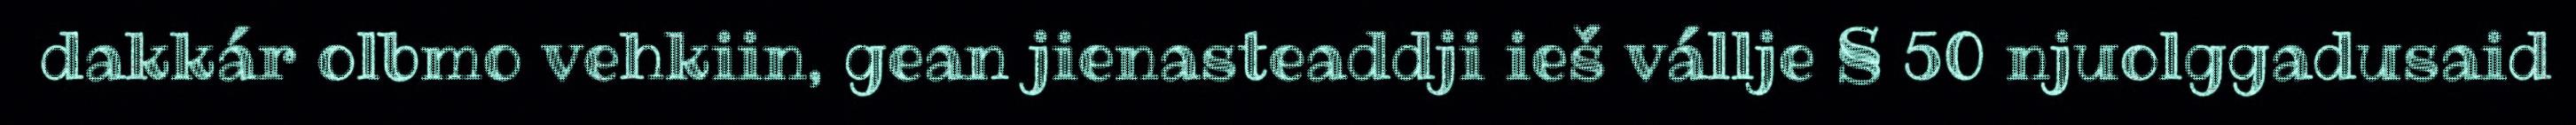
dakkár olbmo vehkiin, gean jienasteaddji ieš vállje § 50 njuolggadusaid